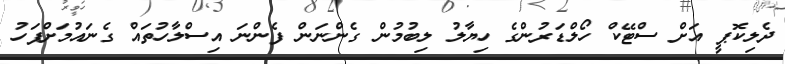
ދެލިކޮޕީ އަށް ސްޓޭކް ހޯލްޑަރުންގެ ހިޔާލު ލިބުމުން ގެންނަން ފެންނަ އިސްލާހުތައް ގެނައުމަށްފަހު